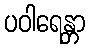
ပဝါရေန္တာ